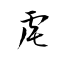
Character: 虍